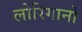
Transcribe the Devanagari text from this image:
लोरिगानो